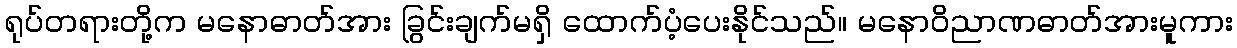
ရုပ်တရားတို့က မနောဓာတ်အား ခြွင်းချက်မရှိ ထောက်ပံ့ပေးနိုင်သည်။ မနောဝိညာဏဓာတ်အားမူကား